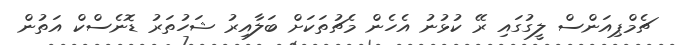
ޗެމްޕިއަންސް ލީގުގައި ރޭ ކުޅުނު އެހެން މެޗުތަކަށް ބަލާއިރު ޝަހުތަރު ޑޮނެސްކް އަތުން